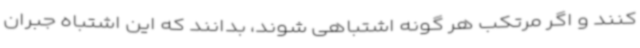
کنند و اگر مرتکب هر گونه اشتباهی شوند، بدانند که این اشتباه جبران